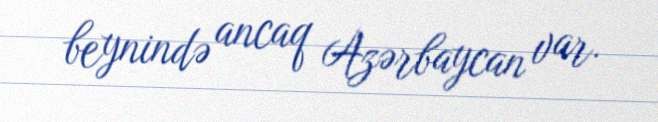
beynində ancaq Azərbaycan var.